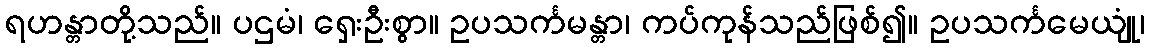
ရဟန္တာတို့သည်။ ပဌမံ၊ ရှေးဦးစွာ။ ဥပသင်္ကမန္တာ၊ ကပ်ကုန်သည်ဖြစ်၍။ ဥပသင်္ကမေယျုံ၊